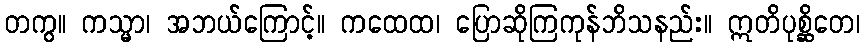
တကွ။ ကသ္မာ၊ အဘယ်ကြောင့်။ ကထေထ၊ ပြောဆိုကြကုန်ဘိသနည်း။ ဣတိပုစ္ဆိတေ၊